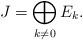
LaTeX: \begin{align*}J= \bigoplus_{k\neq 0} E_k.\end{align*}